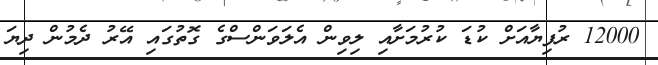
12000 ރުފިޔާއަށް ކުޑަ ކުރުމަށާއި ލިވިން އެލަވަންސްގެ ގޮތުގައި އޭރު ދެމުން ދިޔަ